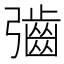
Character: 𫹁